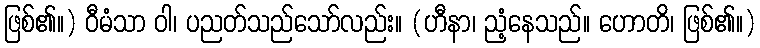
ဖြစ်၏။) ဝီမံသာ ဝါ၊ ပညတ်သည်သော်လည်း။ (ဟီနာ၊ ညံ့နေသည်။ ဟောတိ၊ ဖြစ်၏။)